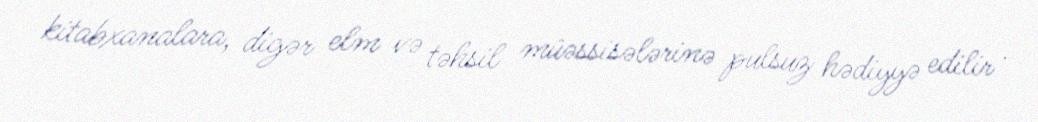
kitabxanalara, digər elm və təhsil müəssisələrinə pulsuz hədiyyə edilir .